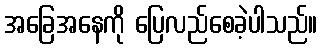
အခြေအနေကို ပြေလည်စေခဲ့ပါသည်။